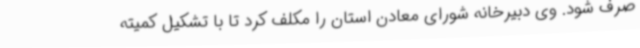
صرف شود. وی دبیرخانه شورای معادن استان را مکلف کرد تا با تشکیل کمیته